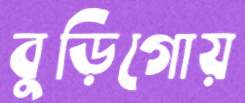
বুড়িগোয়